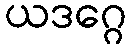
ယဒဂ္ဂေ